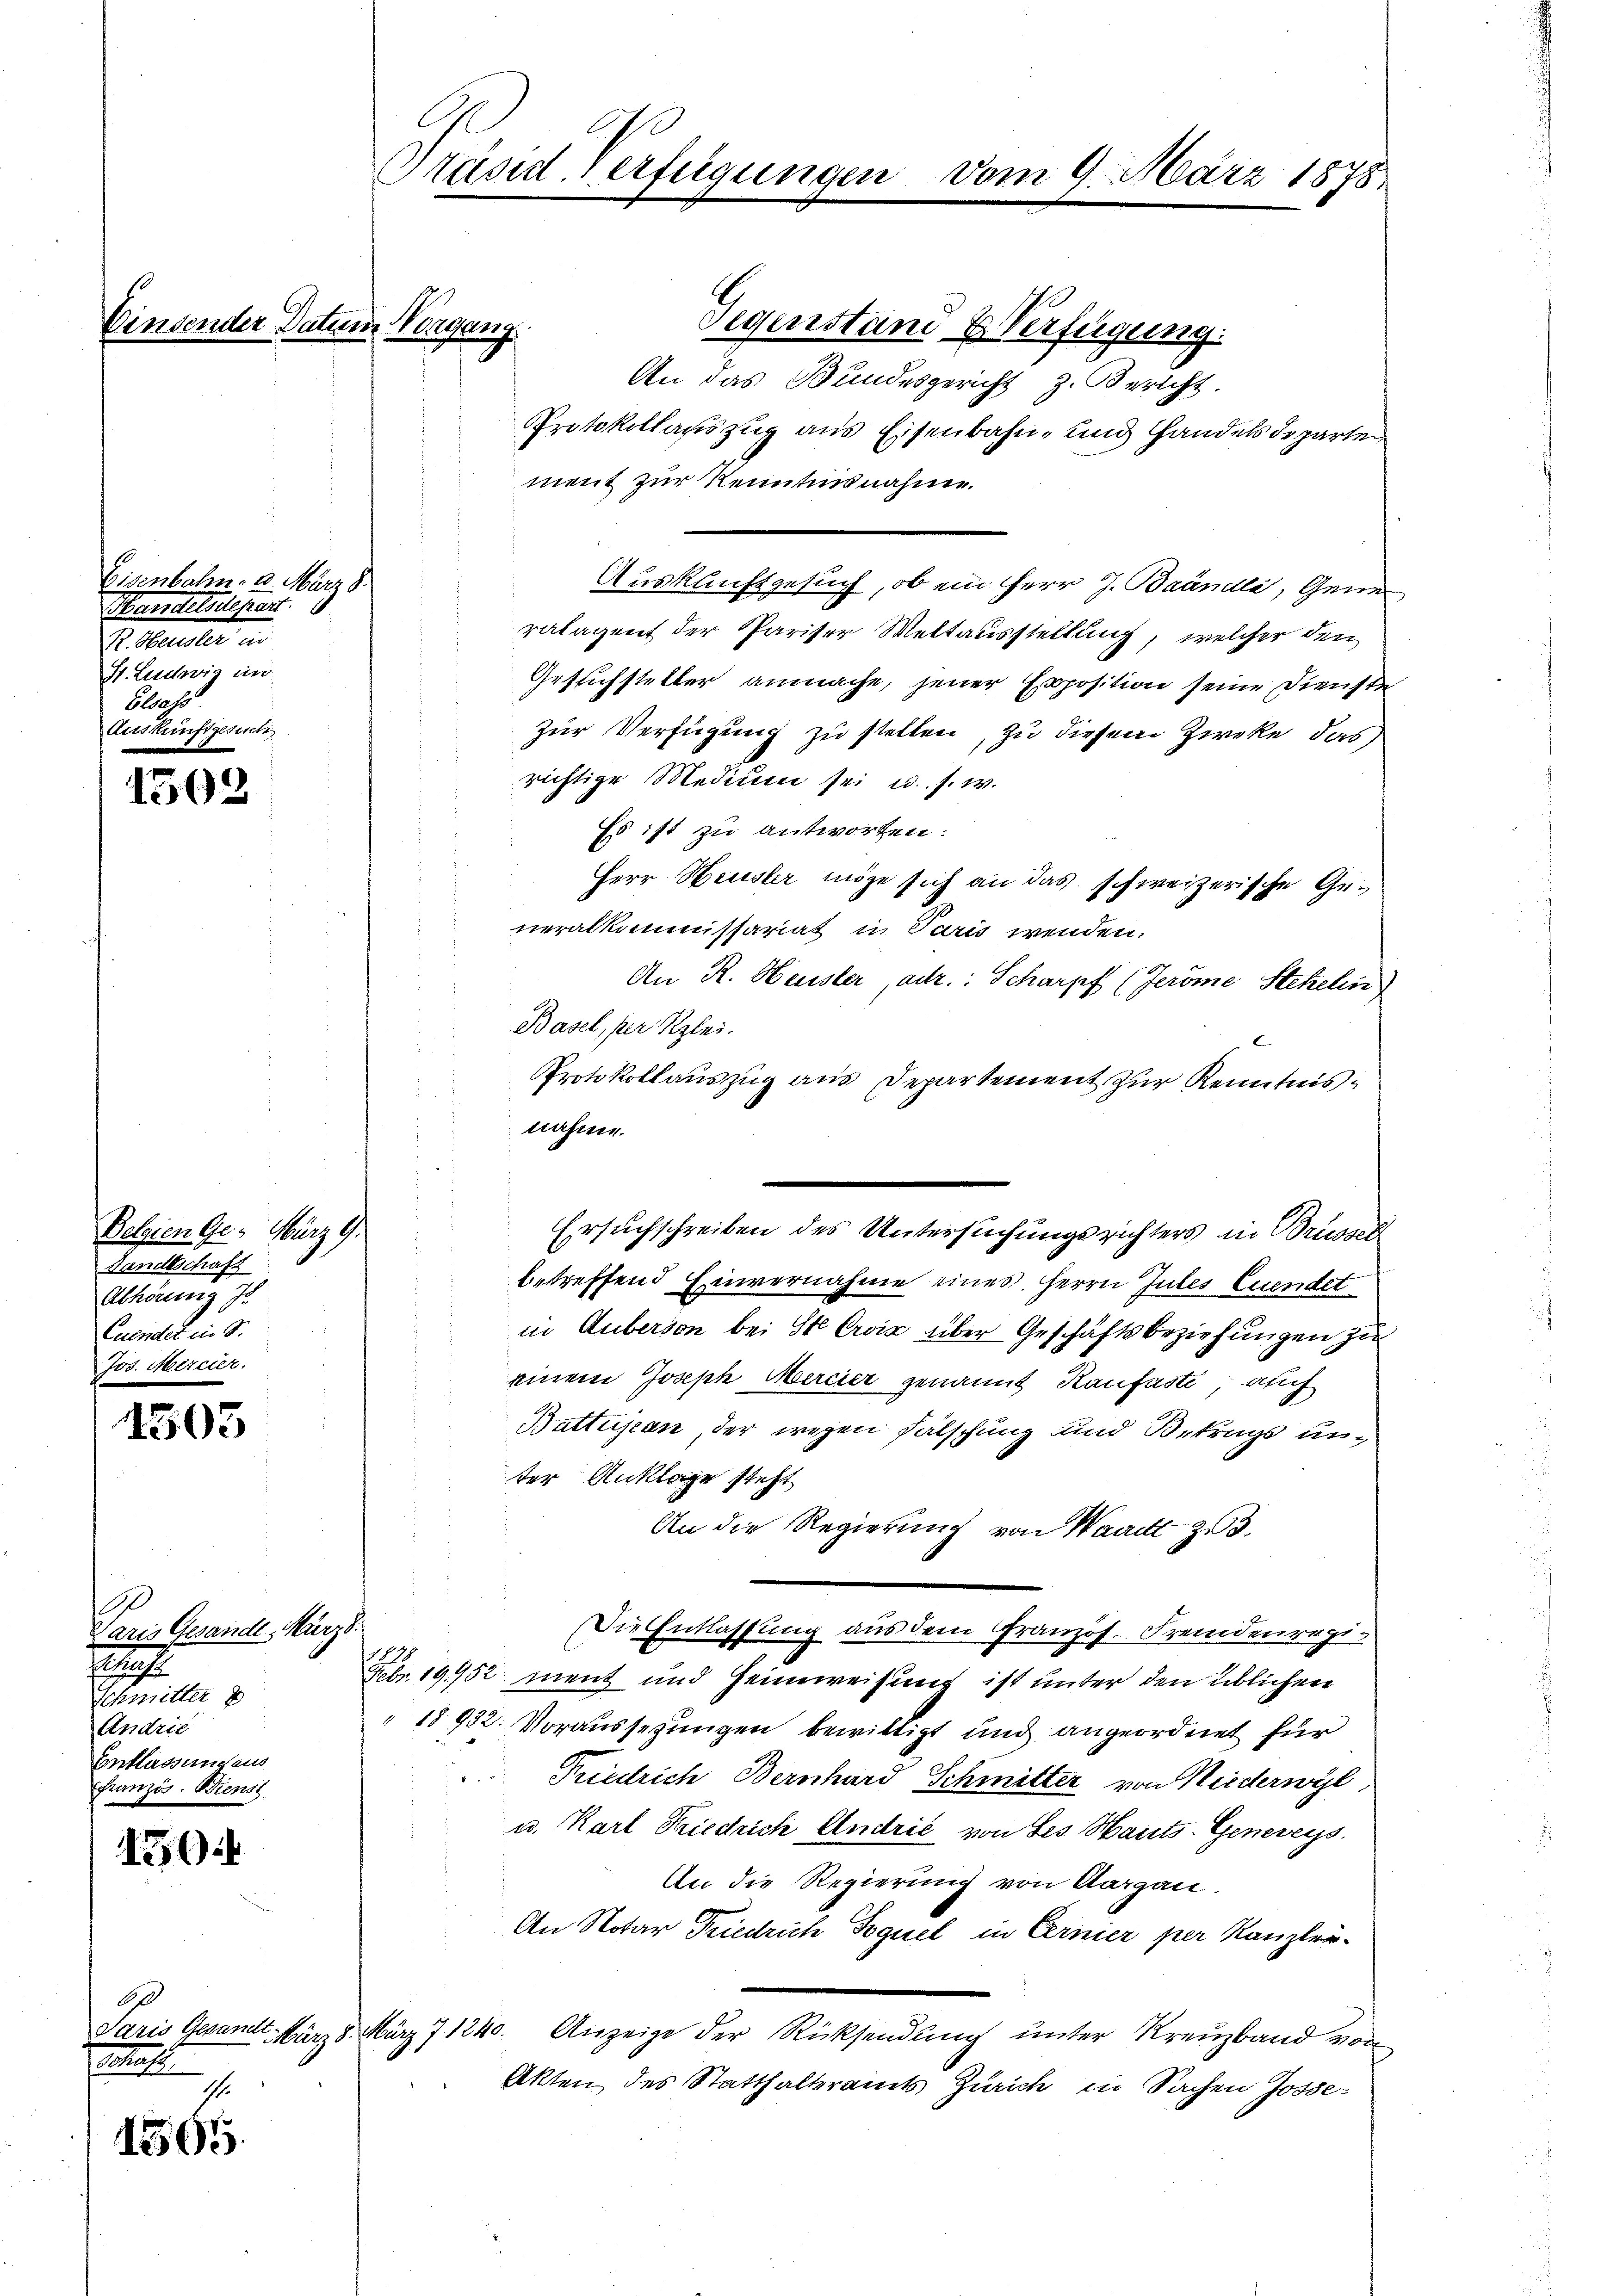
Cen

Eisenbahn. 3. März 8.
Handelsdepart.
G. Sammler un
St. Ludwig in
Elsass.
Auskunftgesuch

1502

Belgien Ge- März 9.
Landtschaft
Abhörung Jo
Euendet in 5.

1505

1
Paris Gesande, Murz.
1
Schmitter
Andrie
Entlassung aus
Französ. Bienst

150

1505.

6
l
I.

C
Präsid. Verfügunge

Gegenstan u Verfügung.
An das Bundesgericht z. Bericht.
Protokollauszug aus Eisenbahn- und Handels departe
ment zur Kenntnisnahme.
Auskunftgesuch, ob ein Herr J. Brändli, Gener
ralagent der Pariser Weltausstellung, welcher den
Geslichsteller anmache, jener Exposition seine Dienste
zur Verfügung zu stellen, zu diesem Zweke, das
richtige Medium sei u. s. w.
Es ist zu antworten:
Herr Heusler möge sich an das schweizerische Generalkommissariat in Paris wenden.
An R. Heuster, adr.: Scharpf (Jeröme Stehelin
Basel, per Klei
Protokollauszug aus Departement zur Kenntnisnahme.
.
.
Ersuchschreiben des Untersuchungsrichters in Brüssel
i
bestreffend Einvernahme eines Herrn Jules Cuendet
in Guberson bei St. Croix über Geschäftsbeziehungen zu
einem Joseph Mercier genannt Kaufaste, auch
Batteijean, der wegen Fälschung und Betrags unter Anklage steht
An die Regierung von Waadt zu 3.
Die Entlassung aus dem Französ. Fremdenregi¬
1
Febr. 19952 ment und Heimweisung ist unter den üblichen
" 18932. Voraussezungen bewilligt und angeordnet für
Friedrich Bernhard Schmitter von Niederwyl
u. Karl Friedrich Andrie von des Hauts-Genereys
An die Regierung von Aargau.
An Notar Friedrich Sequel in Cernier per Kanzlei¬
Paris Gesandt März 8. März 71240. Anzeige der Rücksendung unter Kreuzband von
Akten des Statthalteramts Zürich in Sachen Josse-

in Vorgang

vom 9. März 1878